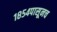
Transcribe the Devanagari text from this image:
१८५४पासूनच